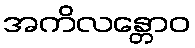
အကိလန္တောဝ